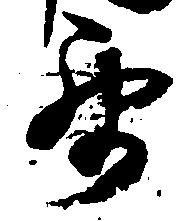
要